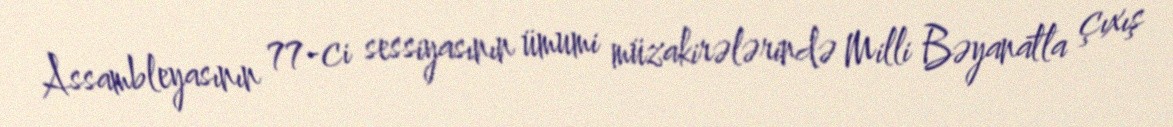
Assambleyasının 77-ci sessiyasının ümumi müzakirələrində Milli Bəyanatla çıxış